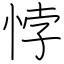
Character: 悖